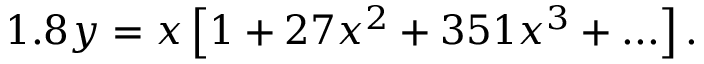
1 . 8 y = x \left[ 1 + 2 7 x ^ { 2 } + 3 5 1 x ^ { 3 } + . . . \right] .